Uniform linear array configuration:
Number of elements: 4
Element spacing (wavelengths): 0.25
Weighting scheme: binomial
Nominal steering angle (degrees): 30
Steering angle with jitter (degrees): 29.514
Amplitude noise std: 0.05
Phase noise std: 0.05

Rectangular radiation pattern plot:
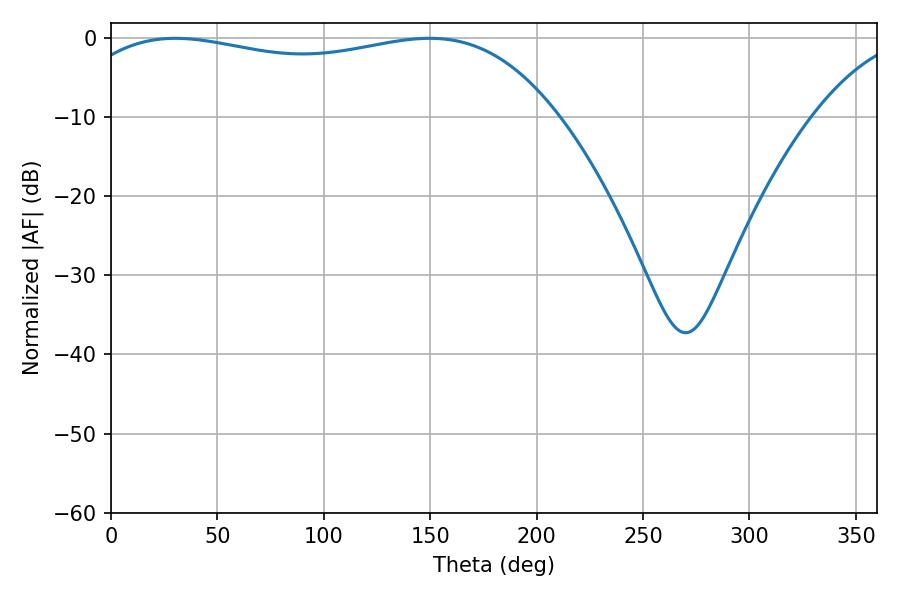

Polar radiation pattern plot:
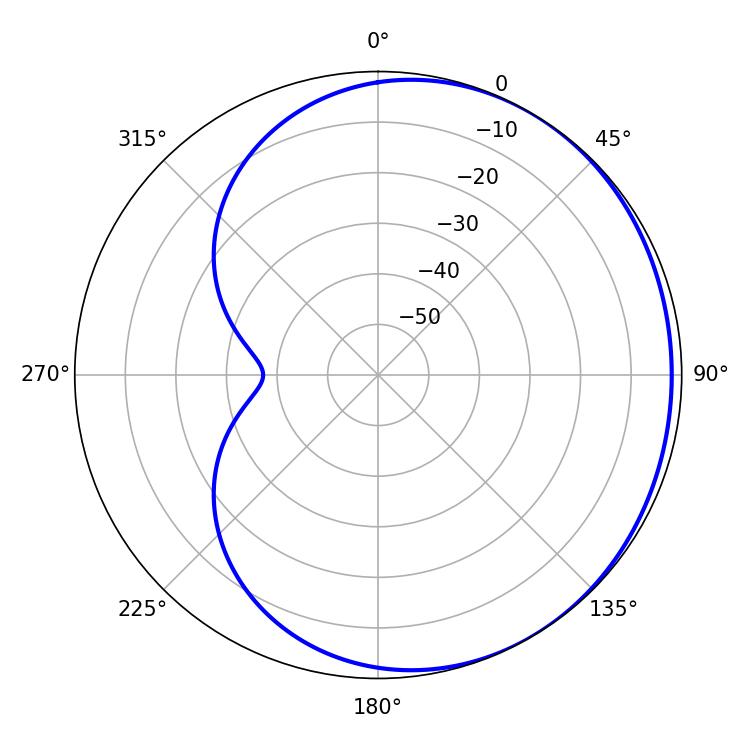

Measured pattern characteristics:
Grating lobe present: FALSE
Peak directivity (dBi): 1.232
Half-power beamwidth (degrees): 185.22
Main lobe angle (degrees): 30.24